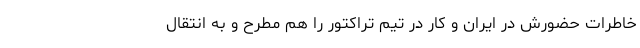
خاطرات حضورش در ایران و کار در تیم تراکتور را هم مطرح و به انتقالِ